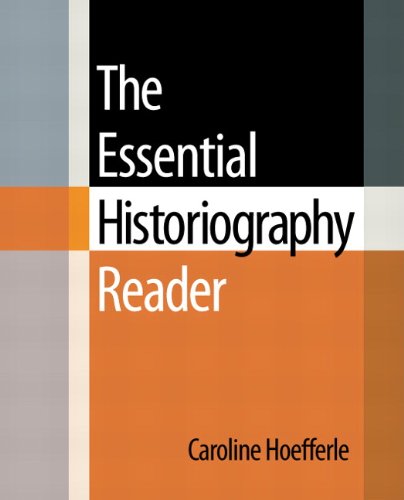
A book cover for The Essential Historiography Reader; Caroline Hoefferle; History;